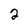
Character: 2